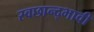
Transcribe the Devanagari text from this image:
स्वछान्द्भावी